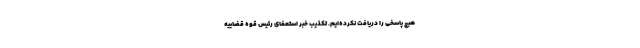
هیچ پاسخی را دریافت نکرده‌ایم. تکذیب خبر استعفای رئیس قوه قضاییه